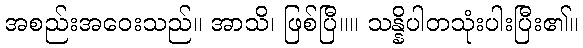
အစည်းအဝေးသည်။ အာသိ၊ ဖြစ်ပြီ။။ သန္နိပါတသုံးပါးပြီး၏။